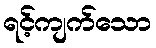
ရင့်ကျက်သော